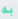
به